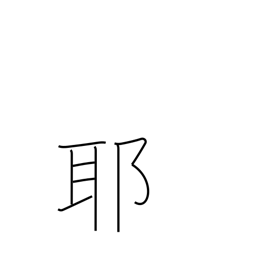
Meaning: question mark